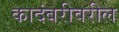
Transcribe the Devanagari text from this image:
कादंबरीवरील